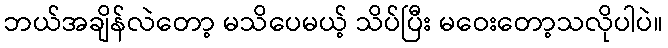
ဘယ်အချိန်လဲတော့ မသိပေမယ့် သိပ်ပြီး မဝေးတော့သလိုပါပဲ။